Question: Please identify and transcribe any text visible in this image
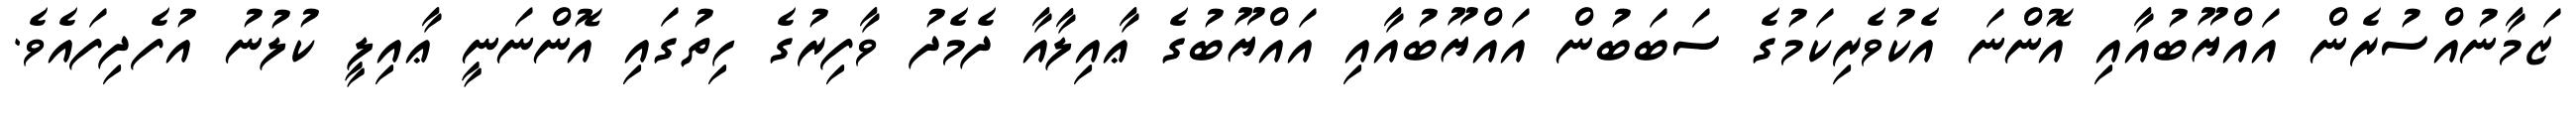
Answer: ޒަމާނުއްސުރެން އައްޔޫބުއާއި އޮންނަ އެކުވެރިކަމުގެ ސަބަބުން އައްޔޫބުއާއި އައްޔޫބުގެ ޢާއިލާއާ ދެމެދު ވާފިރުގެ ހިތުގައި އޮންނަނީ ޢާއިލީ ކުލުނު އުފެދިފައެވެ.